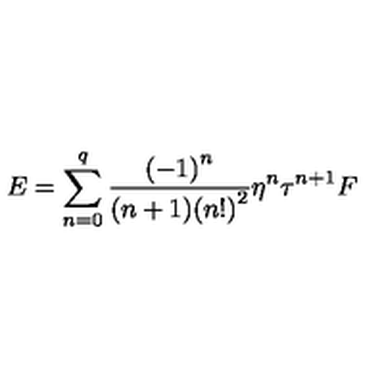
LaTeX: E = \sum _ { n = 0 } ^ { q } { \frac { { ( - 1 ) } ^ { n } } { ( n + 1 ) { ( n ! ) } ^ { 2 } } } \eta ^ { n } \tau ^ { n + 1 } F